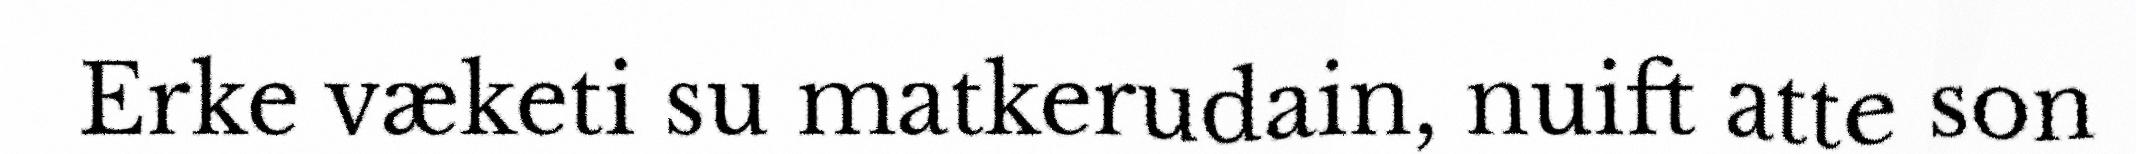
Erke væketi su matkerudain, nuift atte son